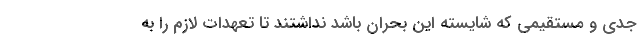
جدی و مستقیمی که شایسته این بحران باشد نداشتند تا تعهدات لازم را به